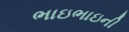
ભાઇભાઇની